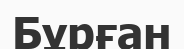
Бұрған